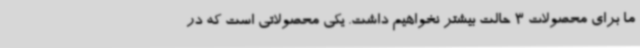
ما برای محصولات 3 حالت بیشتر نخواهیم داشت. یکی محصولاتی است که در